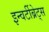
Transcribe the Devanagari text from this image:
इन्वर्टीब्रेट्स